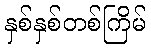
နှစ်နှစ်တစ်ကြိမ်